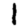
Digit: 1